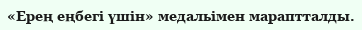
«Ерең еңбегі үшін» медальімен мараптталды.